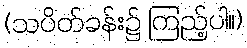
(သပိတ်ခန်း၌ ကြည့်ပါ။)